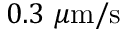
0 . 3 \ \mu \mathrm { m / s }